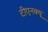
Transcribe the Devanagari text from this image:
टीएनक्यू